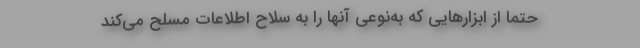
حتماً از ابزارهایی که به‌نوعی آنها را به سلاح اطلاعات مسلح می‌کند